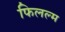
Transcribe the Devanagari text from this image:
फिलल्म